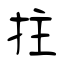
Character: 拄